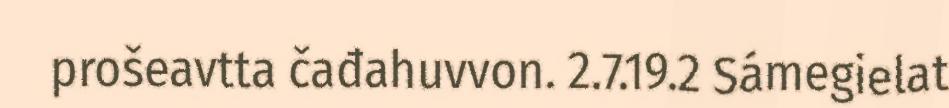
prošeavtta čađahuvvon. 2.7.19.2 Sámegielat